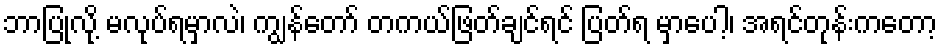
ဘာပြုလို့ မလုပ်ရမှာလဲ၊ ကျွန်တော် တကယ်ဖြတ်ချင်ရင် ပြတ်ရ မှာပေါ့၊ အရင်တုန်းကတော့